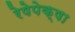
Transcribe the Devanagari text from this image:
रेषेपेक्षा